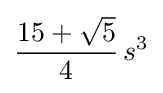
{\frac {15+{\sqrt {5}}}{4}}\,s^{3}